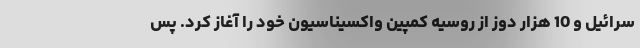
سرائیل و 10 هزار دوز از روسیه کمپین واکسیناسیون خود را آغاز کرد. پس